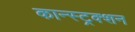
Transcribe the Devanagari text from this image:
कान्स्ट्रक्शन